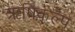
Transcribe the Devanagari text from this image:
ऋषिकल्प